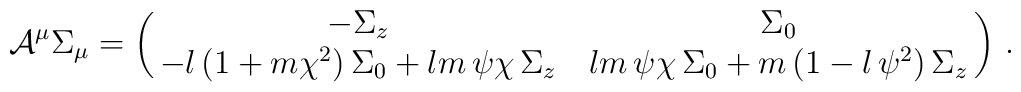
{\cal A}^\mu\Sigma_\mu=\pmatrix{ -\Sigma_z & \Sigma_0\cr -l \, (1+m\chi^2) \, \Sigma_0 + l m \, \psi\chi \, \Sigma_z & l m \, \psi \chi \, \Sigma_0 + m \,(1-l \, \psi^2) \, \Sigma_z}\, .